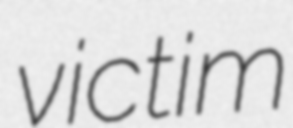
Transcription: victim